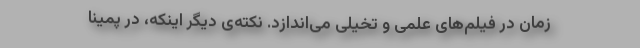
زمان در فیلم‌های علمی و تخیلی می‌اندازد. نکته‌ی دیگر اینکه، در پمینا